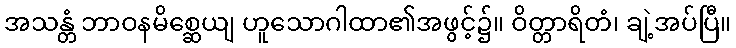
အသန္တံ ဘာဝနမိစ္ဆေယျ ဟူသောဂါထာ၏အဖွင့်၌။ ဝိတ္တာရိတံ၊ ချဲ့အပ်ပြီ။